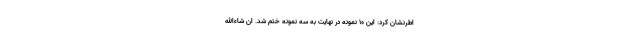
اطرنشان کرد: این 10 نمونه در نهایت به سه نمونه ختم شد. ان شاءالله